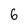
Character: 6